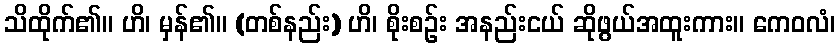
သိထိုက်၏။ ဟိ၊ မှန်၏။ (တစ်နည်း) ဟိ၊ စိုးစဉ်း အနည်းငယ် ဆိုဖွယ်အထူးကား။ ကေဝလံ၊